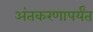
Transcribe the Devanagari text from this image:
अंतकरणापर्यंत